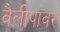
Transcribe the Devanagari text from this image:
वैलीपावर